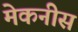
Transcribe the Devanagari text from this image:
मेकनीस